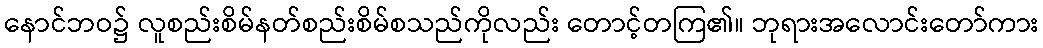
နောင်ဘဝ၌ လူစည်းစိမ်နတ်စည်းစိမ်စသည်ကိုလည်း တောင့်တကြ၏။ ဘုရားအလောင်းတော်ကား